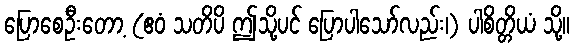
ပြောစေဦးတော့ (ဧဝံ သတိပိ ဤသို့ပင် ပြောပါသော်လည်း၊) ပါစိတ္တိယံ သို့။